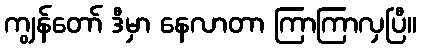
ကျွန်တော် ဒီမှာ နေလာတာ ကြာကြာလှပြီ။